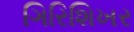
ગિરિશિખર